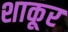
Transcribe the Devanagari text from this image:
शाकूर